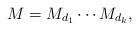
LaTeX: \begin{align*}M = M_{d_1}\cdots M_{d_k},\end{align*}